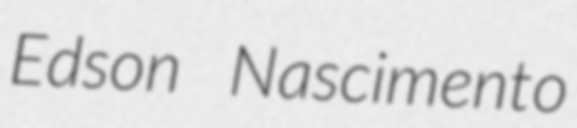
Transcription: Edson Nascimento